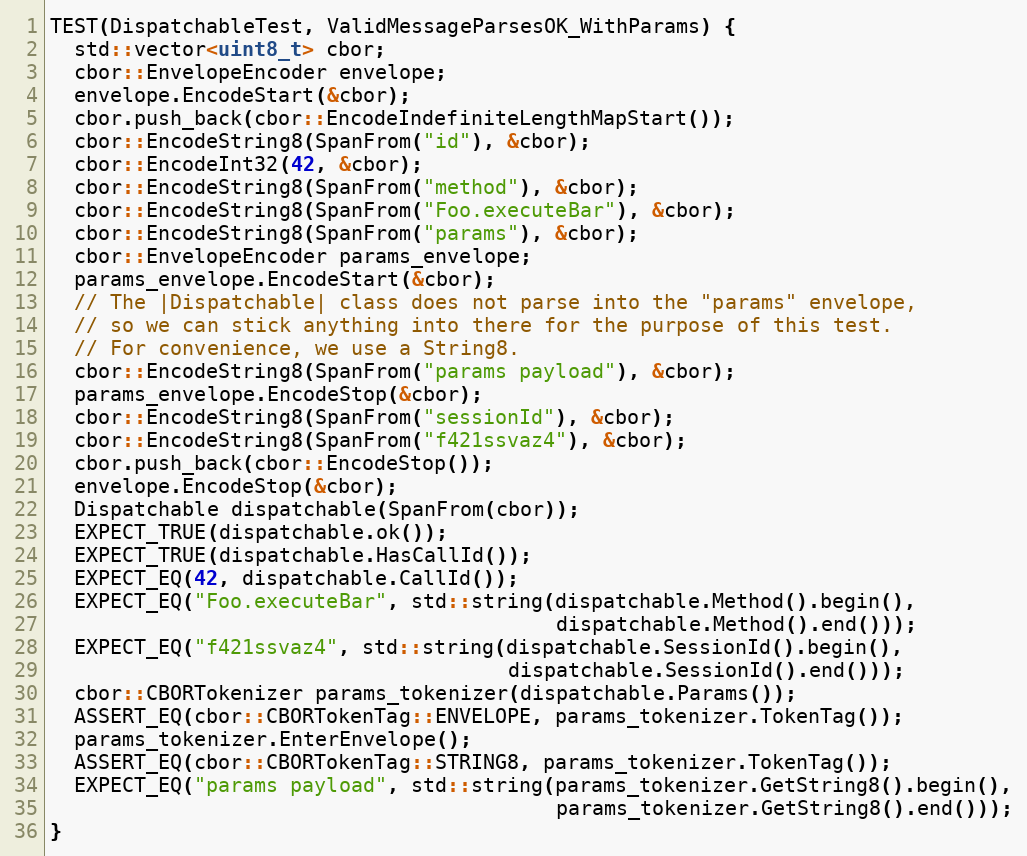
Language: C++
TEST(DispatchableTest, ValidMessageParsesOK_WithParams) {
  std::vector<uint8_t> cbor;
  cbor::EnvelopeEncoder envelope;
  envelope.EncodeStart(&cbor);
  cbor.push_back(cbor::EncodeIndefiniteLengthMapStart());
  cbor::EncodeString8(SpanFrom("id"), &cbor);
  cbor::EncodeInt32(42, &cbor);
  cbor::EncodeString8(SpanFrom("method"), &cbor);
  cbor::EncodeString8(SpanFrom("Foo.executeBar"), &cbor);
  cbor::EncodeString8(SpanFrom("params"), &cbor);
  cbor::EnvelopeEncoder params_envelope;
  params_envelope.EncodeStart(&cbor);
  // The |Dispatchable| class does not parse into the "params" envelope,
  // so we can stick anything into there for the purpose of this test.
  // For convenience, we use a String8.
  cbor::EncodeString8(SpanFrom("params payload"), &cbor);
  params_envelope.EncodeStop(&cbor);
  cbor::EncodeString8(SpanFrom("sessionId"), &cbor);
  cbor::EncodeString8(SpanFrom("f421ssvaz4"), &cbor);
  cbor.push_back(cbor::EncodeStop());
  envelope.EncodeStop(&cbor);
  Dispatchable dispatchable(SpanFrom(cbor));
  EXPECT_TRUE(dispatchable.ok());
  EXPECT_TRUE(dispatchable.HasCallId());
  EXPECT_EQ(42, dispatchable.CallId());
  EXPECT_EQ("Foo.executeBar", std::string(dispatchable.Method().begin(),
                                          dispatchable.Method().end()));
  EXPECT_EQ("f421ssvaz4", std::string(dispatchable.SessionId().begin(),
                                      dispatchable.SessionId().end()));
  cbor::CBORTokenizer params_tokenizer(dispatchable.Params());
  ASSERT_EQ(cbor::CBORTokenTag::ENVELOPE, params_tokenizer.TokenTag());
  params_tokenizer.EnterEnvelope();
  ASSERT_EQ(cbor::CBORTokenTag::STRING8, params_tokenizer.TokenTag());
  EXPECT_EQ("params payload", std::string(params_tokenizer.GetString8().begin(),
                                          params_tokenizer.GetString8().end()));
}